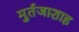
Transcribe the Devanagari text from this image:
मुर्तजाशाह